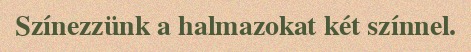
Színezzünk a halmazokat két színnel.